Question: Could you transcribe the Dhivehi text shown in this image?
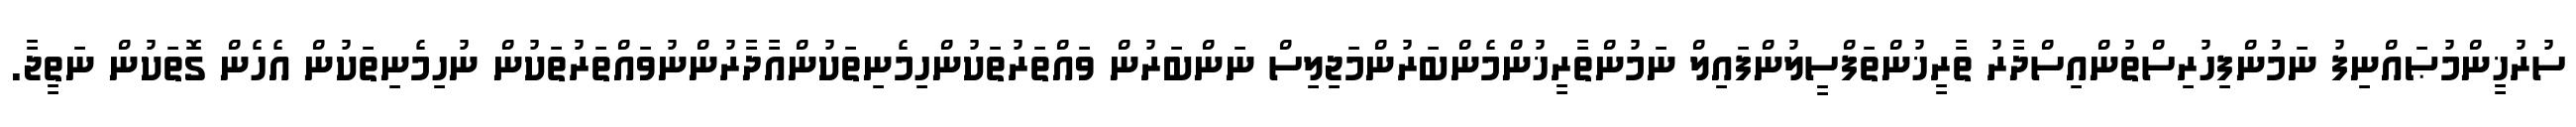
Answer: ސުރުޚީންމުޞައްނިފު ނަމުންފިހުރިސްތުންއިސްދާރު ތާރީޚުންތަފްސީލުންފައިލް ނަމުންތާރީޚުންމެންބަރުންމަޖިލިސް ނަންބަރުން ވައްތަރުތަކުންހިމެނިތަކުންއާދާރުންނުވައްތަރުތަކުން ނުހިމެނިތަކުން އެހެން ގޮތަކުން ނަތީޖާ.